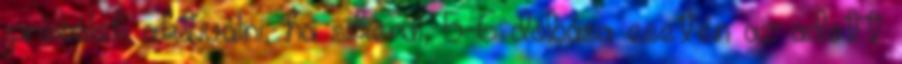
próbálok aktiválni, ha sikerül, 5-6 dobása esetén az adott